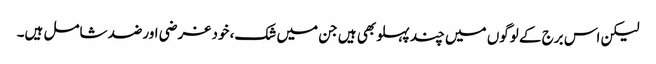
لیکن اس برج کے لوگوں میں چند پہلو بھی ہیں جن میں شک، خود غرضی اورضد شامل ہیں۔